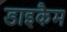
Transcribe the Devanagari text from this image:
डाइकैम